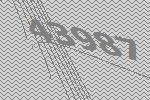
43987